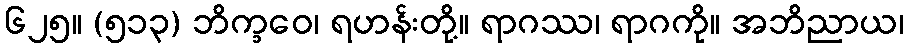
၆၂၅။ (၅၁၃) ဘိက္ခဝေ၊ ရဟန်းတို့။ ရာဂဿ၊ ရာဂကို။ အဘိညာယ၊